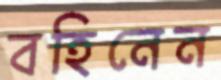
বহিনেন